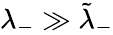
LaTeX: \lambda_{-}\gg\tilde{\lambda}_{-}